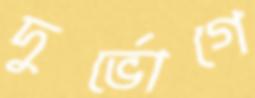
দুর্ভোগে